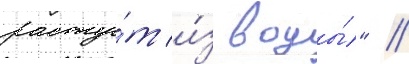
расту́т и́з воды́" //